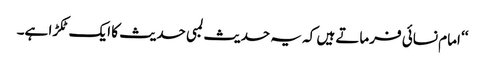
‘‘ امام نسائی فرماتے ہیں کہ یہ حدیث لمبی حدیث کا ایک ٹکڑا ہے۔